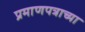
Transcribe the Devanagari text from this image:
प्रमाणपत्राच्या